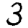
Digit: 3